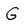
Character: G